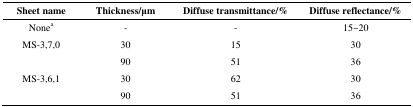
| Sheet name | Thickness/μm | Diffuse transmittance/% | Diffuse reflectance/% |
 | --- | --- | --- | --- |
 | Nonea | - | - | 15~20 |
 | <ROWSPAN=2> MS-3,7,0 | 30 | 15 | 30 |
 | 90 | 51 | 36 |
 | <ROWSPAN=2> MS-3,6,1 | 30 | 62 | 30 |
 | 90 | 51 | 36 |